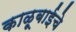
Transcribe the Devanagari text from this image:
काळूबाईचे